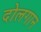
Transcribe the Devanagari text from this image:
दोलगान